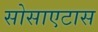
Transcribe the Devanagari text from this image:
सोसाएटास